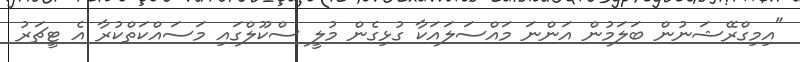
"އިމިގްރޭޝަނުން ބަލަމުން އަންނަ މައްސަލައަކާ ގުޅިގެން މުލީ ސްކޫލްގައި މަސައްކަތްކުރާ އެ ޓީޗަރު